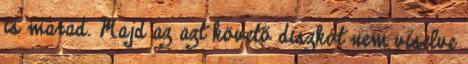
is marad. Majd az azt követő diszkót nem viselve